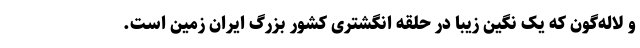
و لاله‌گون که یک نگین زیبا در حلقه انگشتری کشور بزرگ ایران زمین است.